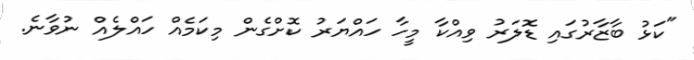
"ކަޅު ބާޒާރުގައި ޑޮލަރު ވިއްކާ މީހާ ހައްޔަރު ކޮށްގެން މިކަމެއް ހައްލެއް ނުވާނެ.